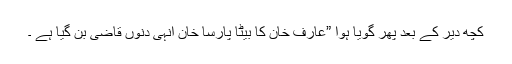
کچھ دیر کے بعد پھر گویا ہوا ”عارف خان کا بیٹا پارسا خان انہی دنوں قاضی بن گیا ہے ۔